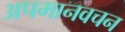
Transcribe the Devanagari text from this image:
अपमानवचन